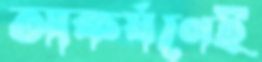
আকর্ষণেই